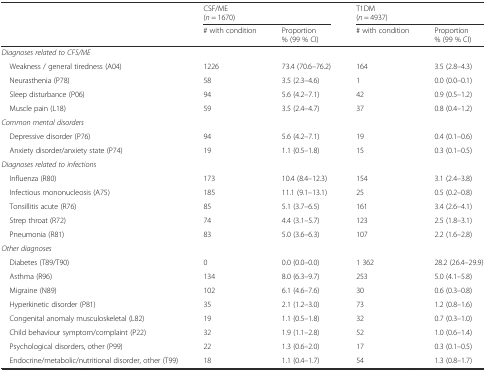
<table><thead><tr><td></td><td colspan="2"><b>CSF/ME(<i>n</i> = 1670)</b></td><td colspan="2"><b>T1DM(<i>n</i> = 4937)</b></td></tr><tr><td></td><td><b># with condition</b></td><td><b>Proportion% (99 % CI)</b></td><td><b># with condition</b></td><td><b>Proportion% (99 % CI)</b></td></tr></thead><tbody><tr><td colspan="5"><i>Diagnoses related to CFS/ME</i></td></tr><tr><td> Weakness / general tiredness (A04)</td><td>1226</td><td>73.4 (70.6–76.2)</td><td>164</td><td>3.5 (2.8–4.3)</td></tr><tr><td> Neurasthenia (P78)</td><td>58</td><td>3.5 (2.3–4.6)</td><td>1</td><td>0.0 (0.0–0.1)</td></tr><tr><td> Sleep disturbance (P06)</td><td>94</td><td>5.6 (4.2–7.1)</td><td>42</td><td>0.9 (0.5–1.2)</td></tr><tr><td> Muscle pain (L18)</td><td>59</td><td>3.5 (2.4–4.7)</td><td>37</td><td>0.8 (0.4–1.2)</td></tr><tr><td colspan="5"><i>Common mental disorders</i></td></tr><tr><td> Depressive disorder (P76)</td><td>94</td><td>5.6 (4.2–7.1)</td><td>19</td><td>0.4 (0.1–0.6)</td></tr><tr><td> Anxiety disorder/anxiety state (P74)</td><td>19</td><td>1.1 (0.5–1.8)</td><td>15</td><td>0.3 (0.1–0.5)</td></tr><tr><td colspan="5"><i>Diagnoses related to infections</i></td></tr><tr><td> Influenza (R80)</td><td>173</td><td>10.4 (8.4–12.3)</td><td>154</td><td>3.1 (2.4–3.8)</td></tr><tr><td> Infectious mononucleosis (A75)</td><td>185</td><td>11.1 (9.1–13.1)</td><td>25</td><td>0.5 (0.2–0.8)</td></tr><tr><td> Tonsillitis acute (R76)</td><td>85</td><td>5.1 (3.7–6.5)</td><td>161</td><td>3.4 (2.6–4.1)</td></tr><tr><td> Strep throat (R72)</td><td>74</td><td>4.4 (3.1–5.7)</td><td>123</td><td>2.5 (1.8–3.1)</td></tr><tr><td> Pneumonia (R81)</td><td>83</td><td>5.0 (3.6–6.3)</td><td>107</td><td>2.2 (1.6–2.8)</td></tr><tr><td colspan="5"><i>Other diagnoses</i></td></tr><tr><td> Diabetes (T89/T90)</td><td>0</td><td>0.0 (0.0–0.0)</td><td>1 362</td><td>28.2 (26.4–29.9)</td></tr><tr><td> Asthma (R96)</td><td>134</td><td>8.0 (6.3–9.7)</td><td>253</td><td>5.0 (4.1–5.8)</td></tr><tr><td> Migraine (N89)</td><td>102</td><td>6.1 (4.6–7.6)</td><td>30</td><td>0.6 (0.3–0.8)</td></tr><tr><td> Hyperkinetic disorder (P81)</td><td>35</td><td>2.1 (1.2–3.0)</td><td>73</td><td>1.2 (0.8–1.6)</td></tr><tr><td> Congenital anomaly musculoskeletal (L82)</td><td>19</td><td>1.1 (0.5–1.8)</td><td>32</td><td>0.7 (0.3–1.0)</td></tr><tr><td> Child behaviour symptom/complaint (P22)</td><td>32</td><td>1.9 (1.1–2.8)</td><td>52</td><td>1.0 (0.6–1.4)</td></tr><tr><td> Psychological disorders, other (P99)</td><td>22</td><td>1.3 (0.6–2.0)</td><td>17</td><td>0.3 (0.1–0.5)</td></tr><tr><td> Endocrine/metabolic/nutritional disorder, other (T99)</td><td>18</td><td>1.1 (0.4–1.7)</td><td>54</td><td>1.3 (0.8–1.7)</td></tr></tbody></table>